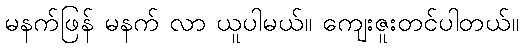
မနက်ဖြန် မနက် လာ ယူပါမယ်။ ကျေးဇူးတင်ပါတယ်။